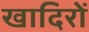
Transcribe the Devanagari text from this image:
खादिरों